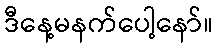
ဒီနေ့မနက်ပေါ့နော်။